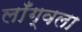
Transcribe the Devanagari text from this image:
लाँग्वला